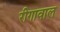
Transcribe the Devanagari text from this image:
रीगावाल